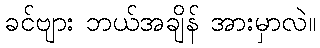
ခင်ဗျား ဘယ်အချိန် အားမှာလဲ။